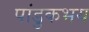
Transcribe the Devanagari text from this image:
पांडुकभय